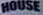
HOUSE